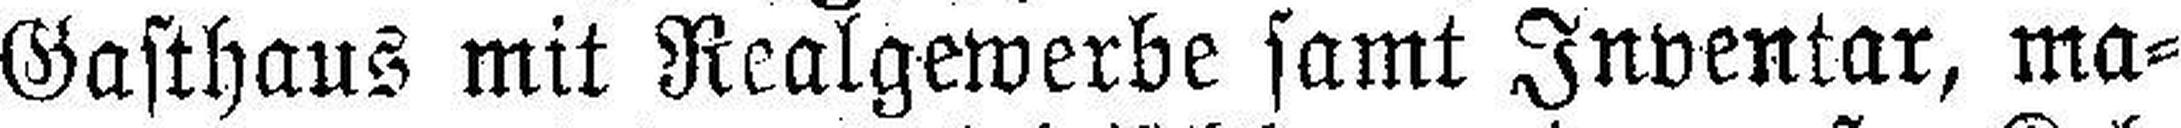
Gasthaus mit Realgewerbe samt Inventar, ma¬